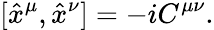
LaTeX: [\hat{x}^{\mu},\hat{x}^{\nu}]=-iC^{\mu\nu}.